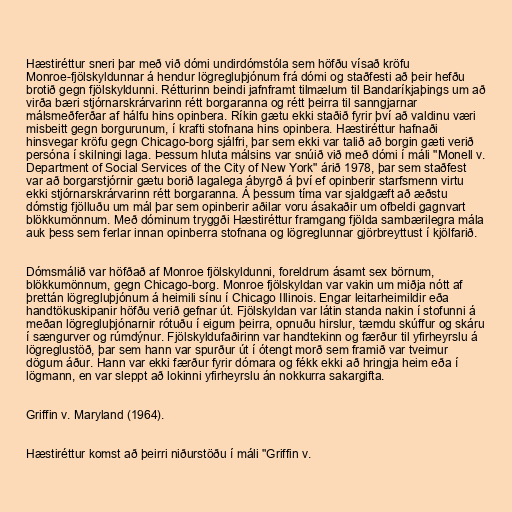
Hæstiréttur sneri þar með við dómi undirdómstóla sem höfðu vísað kröfu
Monroe-fjölskyldunnar á hendur lögregluþjónum frá dómi og staðfesti að þeir hefðu
brotið gegn fjölskyldunni. Rétturinn beindi jafnframt tilmælum til Bandaríkjaþings um að
virða bæri stjórnarskrárvarinn rétt borgaranna og rétt þeirra til sanngjarnar
málsmeðferðar af hálfu hins opinbera. Ríkin gætu ekki staðið fyrir því að valdinu væri
misbeitt gegn borgurunum, í krafti stofnana hins opinbera. Hæstiréttur hafnaði
hinsvegar kröfu gegn Chicago-borg sjálfri, þar sem ekki var talið að borgin gæti verið
persóna í skilningi laga. Þessum hluta málsins var snúið við með dómi í máli "Monell v.
Department of Social Services of the City of New York" árið 1978, þar sem staðfest
var að borgarstjórnir gætu borið lagalega ábyrgð á því ef opinberir starfsmenn virtu
ekki stjórnarskrárvarinn rétt borgaranna. Á þessum tíma var sjaldgæft að æðstu
dómstig fjölluðu um mál þar sem opinberir aðilar voru ásakaðir um ofbeldi gagnvart
blökkumönnum. Með dóminum tryggði Hæstiréttur framgang fjölda sambærilegra mála
auk þess sem ferlar innan opinberra stofnana og lögreglunnar gjörbreyttust í kjölfarið.

Dómsmálið var höfðað af Monroe fjölskyldunni, foreldrum ásamt sex börnum,
blökkumönnum, gegn Chicago-borg. Monroe fjölskyldan var vakin um miðja nótt af
þrettán lögregluþjónum á heimili sínu í Chicago Illinois. Engar leitarheimildir eða
handtökuskipanir höfðu verið gefnar út. Fjölskyldan var látin standa nakin í stofunni á
meðan lögregluþjónarnir rótuðu í eigum þeirra, opnuðu hirslur, tæmdu skúffur og skáru
í sængurver og rúmdýnur. Fjölskyldufaðirinn var handtekinn og færður til yfirheyrslu á
lögreglustöð, þar sem hann var spurður út í ótengt morð sem framið var tveimur
dögum áður. Hann var ekki færður fyrir dómara og fékk ekki að hringja heim eða í
lögmann, en var sleppt að lokinni yfirheyrslu án nokkurra sakargifta.

Griffin v. Maryland (1964).

Hæstiréttur komst að þeirri niðurstöðu í máli "Griffin v.